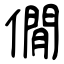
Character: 僩